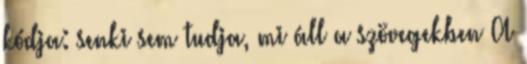
kódja: senki sem tudja, mi áll a szövegekben A